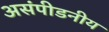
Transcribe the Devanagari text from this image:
असंपीडनीय